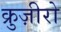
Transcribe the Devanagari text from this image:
क्रुज़ीरो